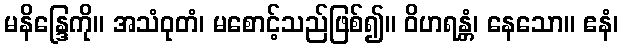
မနိန္ဒြေကို။ အသံဝုတံ၊ မစောင့်သည်ဖြစ်၍။ ဝိဟရန္တံ၊ နေသော။ ဧနံ၊